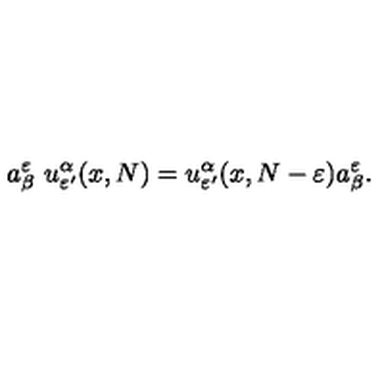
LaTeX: a _ { \beta } ^ { \varepsilon } \ u _ { \varepsilon ^ { \prime } } ^ { \alpha } ( x , N ) = u _ { \varepsilon ^ { \prime } } ^ { \alpha } ( x , N - \varepsilon ) a _ { \beta } ^ { \varepsilon } .